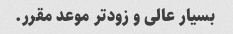
بسیار عالی و زودتر موعد مقرر.